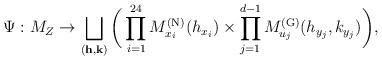
LaTeX: \begin{align*}\Psi : M_Z \to \bigsqcup_{(\textbf{h}, \textbf{k})} \bigg( \prod_{i=1}^{24} M^{\textup{(N)}}_{x_i}(h_{x_i})\times \prod_{j=1}^{d-1} M^{\textup{(G)}}_{u_j}(h_{y_j}, k_{y_j}) \bigg),\end{align*}